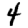
Digit: 4